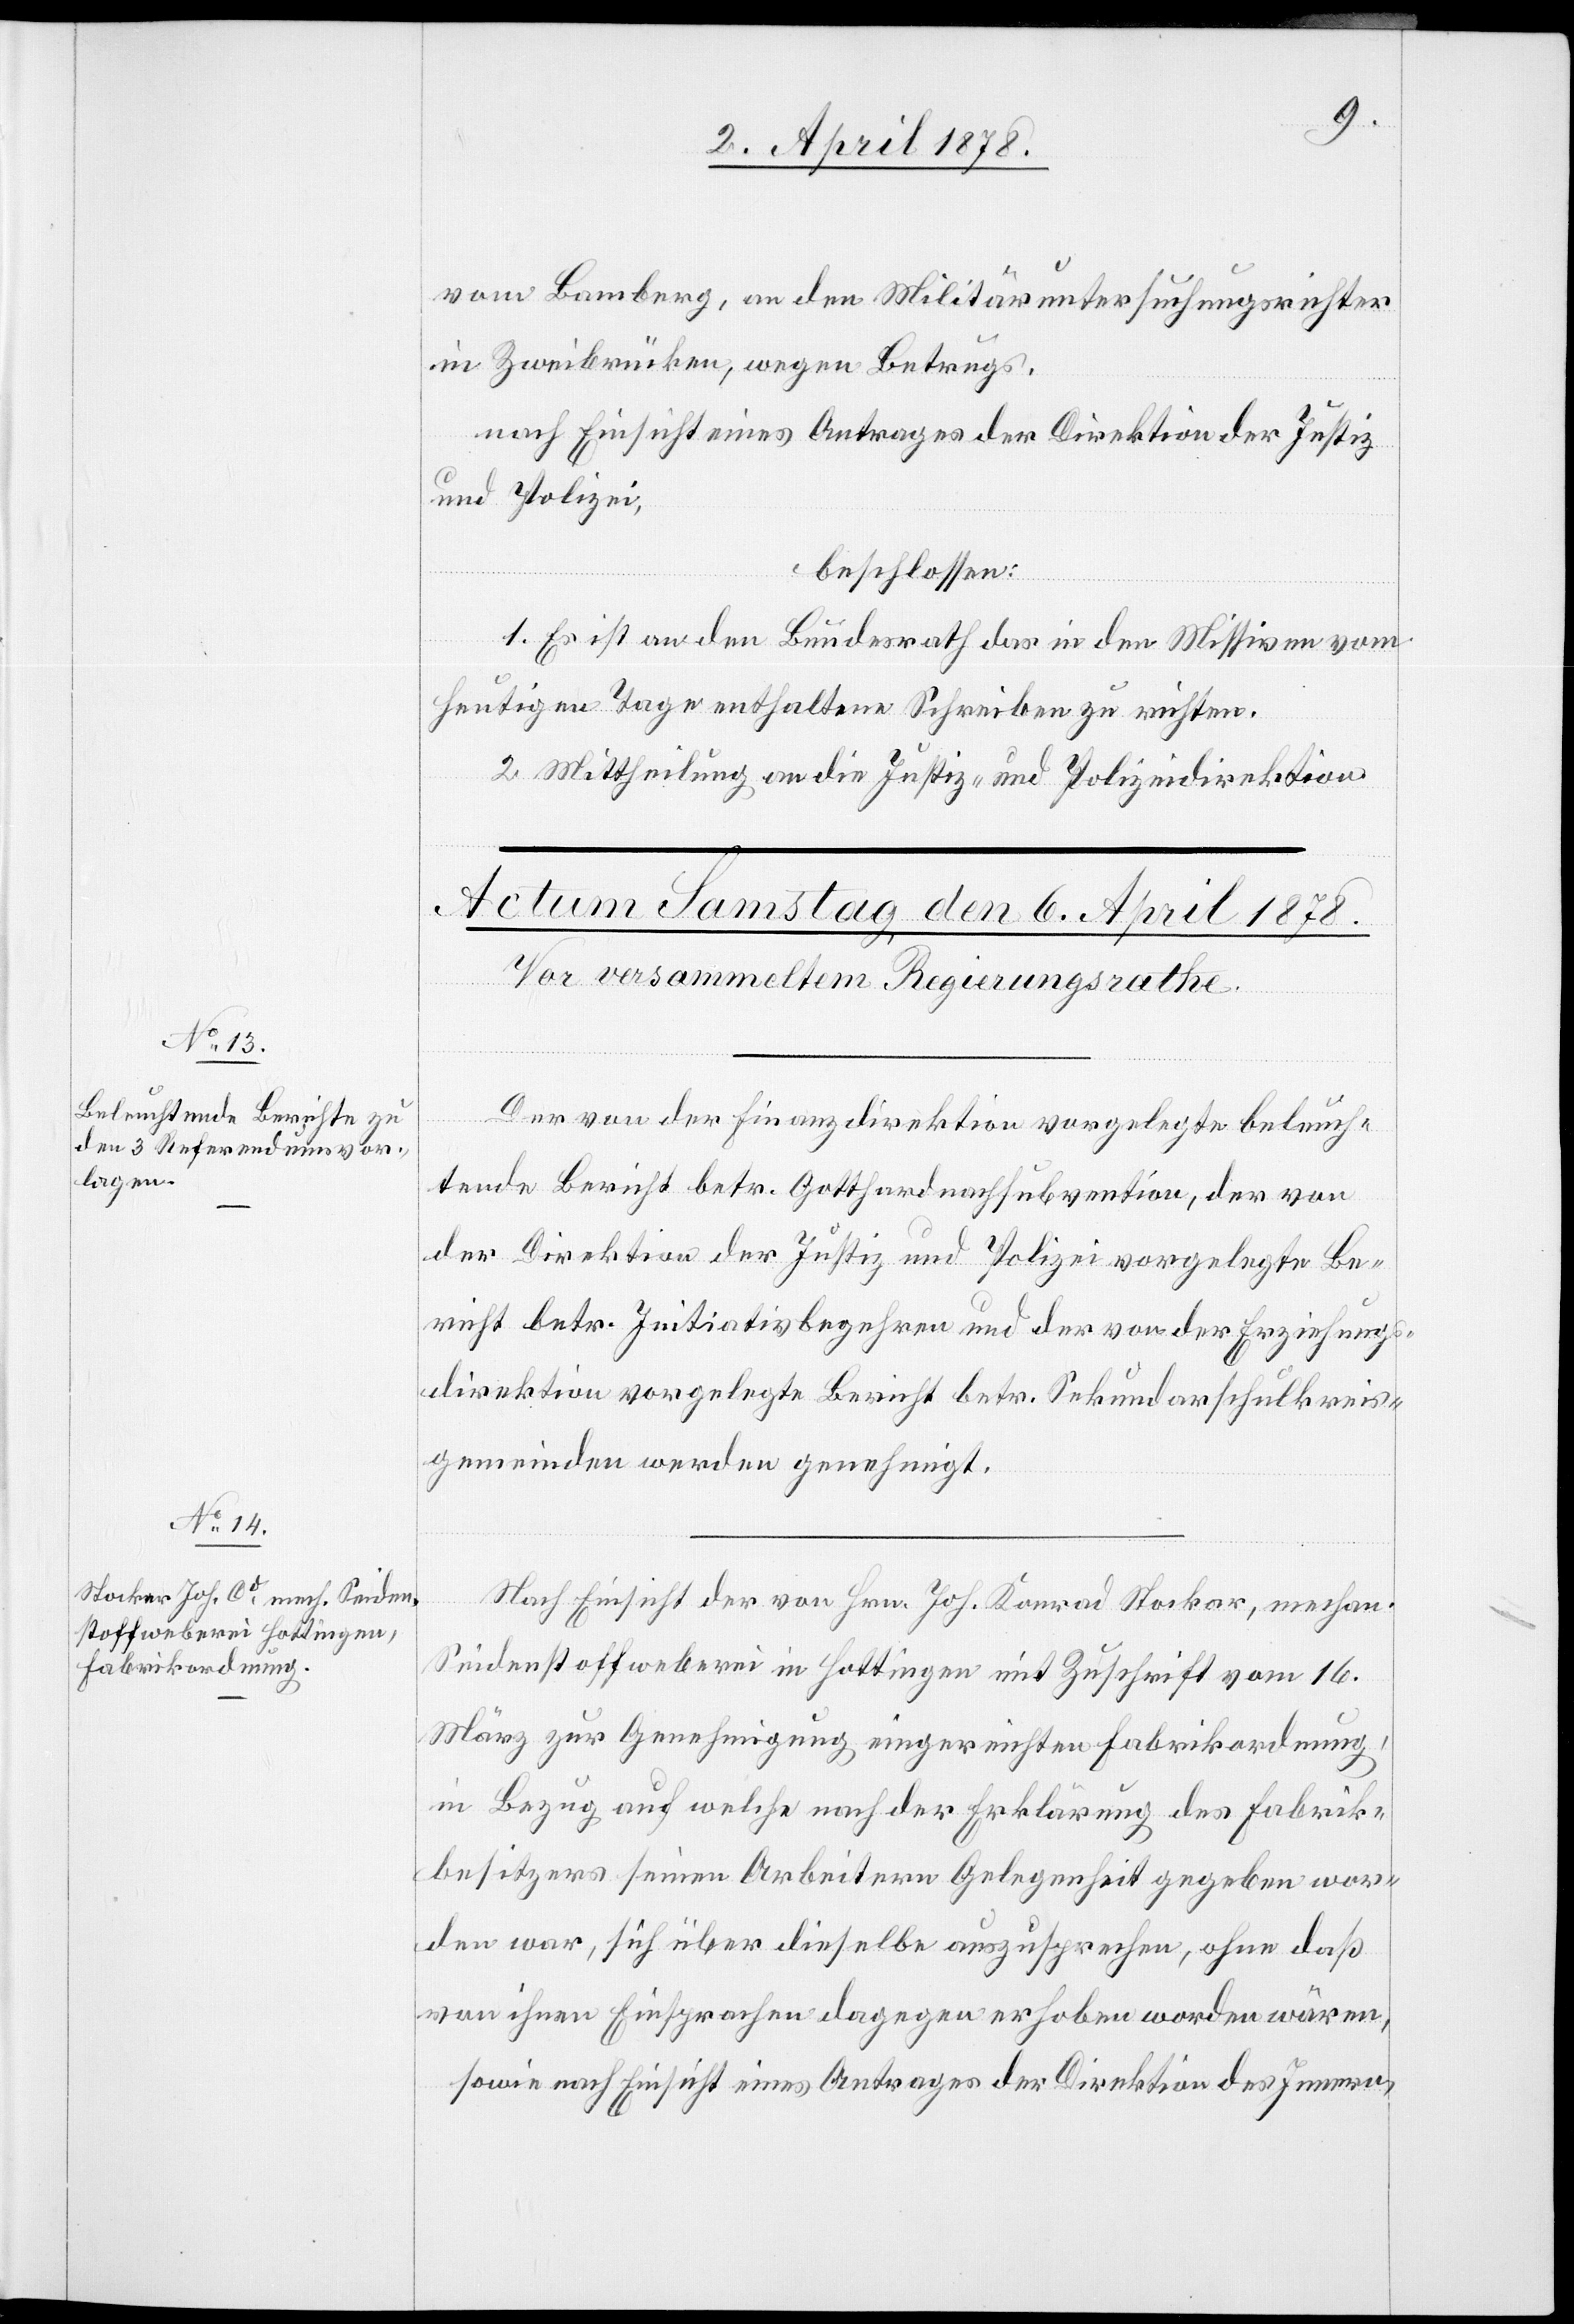
von Bamberg, an den Militäruntersuchungsrichter
in Zweibrücken, wegen Betrugs,
nach Einsicht eines Antrages der Direktion der Justiz
und Polizei,
beschlossen:
1. Es ist an den Bundesrath das in den Missiven vom
heutigen Tage enthaltene Schreiben zu richten.
2. Mittheilung an die Justiz- und Polizeidirektion.
Der von der Finanzdirektion vorgelegte beleuch¬
tende Bericht betr. Gotthardnachsubvention, der von
der Direktion der Justiz und Polizei vorgelegte Be¬
richt betr. Initiationsbegehren und der von der Erziehungs¬
direktion vorgelegte Bericht betr. Sekundarschulkreis¬
gemeinden werden genehmigt.
Nach Einsicht der von Hr. Joh. Konrad Stocker, mechan.
Seidenstoffweberei in Hottingen mit Zuschrift vom 16.
März zur Genehmigung eingereichten Fabrikordnung,
in Bezug auf welche nach der Erklärung des Fabrik¬
besitzers seinen Arbeitern Gelegenheit gegeben wor¬
den war, sich über dieselbe auszusprechen, ohne daß
von ihnen Einsprachen dagegen erhoben worden wären,
sowie nach Einsicht eines Antrages der Direktion des Innern,